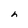
Character: h